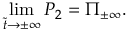
\operatorname * { l i m } _ { \tilde { t } \to \pm \infty } P _ { 2 } = \Pi _ { \pm \infty } .